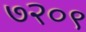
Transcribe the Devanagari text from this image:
७२०९